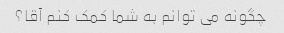
چگونه می توانم به شما کمک کنم آقا؟